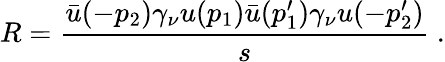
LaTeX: R=\frac{\bar{u}(-p_{2})\gamma_{\nu}u(p_{1})\bar{u}(p_{1}^{\prime})\gamma_{\nu}u(-p_{2}^{\prime})}{s}~.